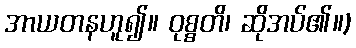
အာယတနဟူ၍။ ဝုစ္စတိ၊ ဆိုအပ်၏။)